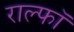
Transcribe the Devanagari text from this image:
राल्फॉ